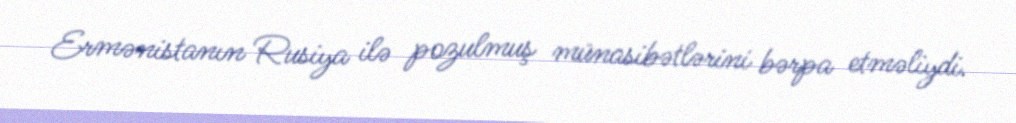
Ermənistanın Rusiya ilə pozulmuş münasibətlərini bərpa etməliydi.